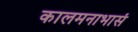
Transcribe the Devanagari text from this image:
कालमनाभासं